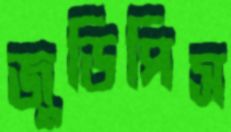
জুডিপিস